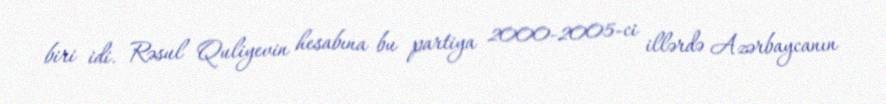
biri idi. Rəsul Quliyevin hesabına bu partiya 2000-2005-ci illərdə Azərbaycanın